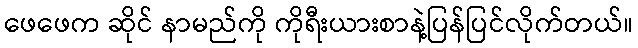
ဖေဖေက ဆိုင် နာမည်ကို ကိုရီးယားစာနဲ့ပြန်ပြင်လိုက်တယ်။